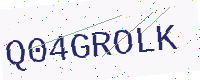
Text: Q04GROLK